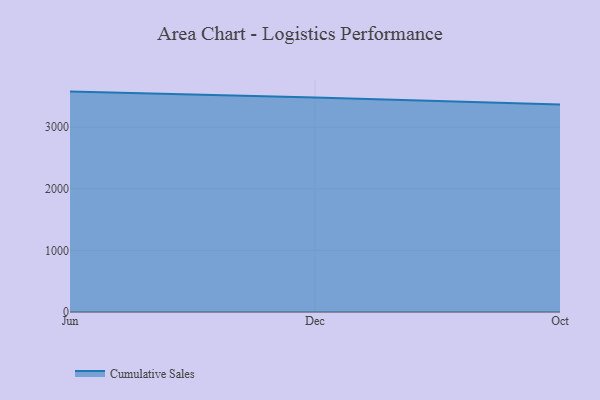
{"axis": {"x": "Month", "y": "Revenue (USD Million)"}, "legend": ["Cumulative Sales"], "data": [{"x": "Jun", "y": 3579.2, "type": "Cumulative Sales"}, {"x": "Dec", "y": 3483.8, "type": "Cumulative Sales"}, {"x": "Oct", "y": 3368.8, "type": "Cumulative Sales"}]}